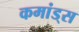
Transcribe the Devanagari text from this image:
कमांड्‌स